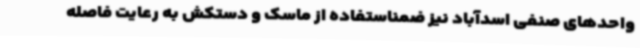
واحدهای صنفی اسدآباد نیز ضمناستفاده از ماسک و دستکش به رعایت فاصله